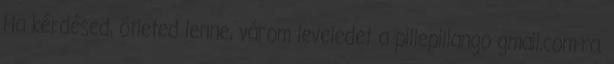
Ha kérdésed, ötleted lenne, várom leveledet a pillepillango gmail.com-ra.